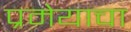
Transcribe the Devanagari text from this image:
प्रमेयाचा